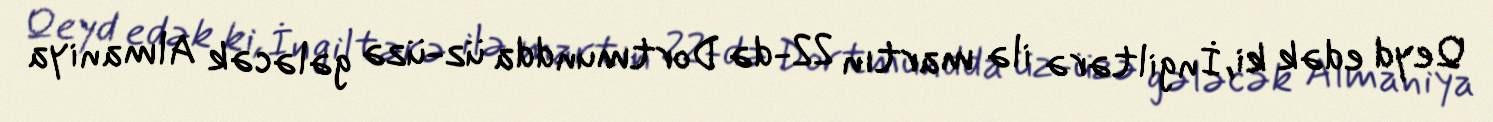
Qeyd edək ki, İngiltərə ilə martın 22-də Dortmundda üz-üzə gələcək Almaniya